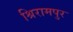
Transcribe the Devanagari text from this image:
श्रिरामपुर